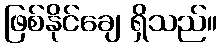
ဖြစ်နိုင်ချေ ရှိသည်။